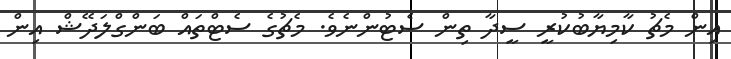
އިން މެޗު ކާމިޔާބުކުރީ ސީދާ ތިން ސެޓުންނެވެ. މެޗުގެ ސެޓްތައް ބަންގްލަދޭޝް އިން